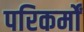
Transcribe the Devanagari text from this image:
परिकर्मों